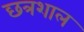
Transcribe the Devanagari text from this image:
छत्रशाल